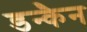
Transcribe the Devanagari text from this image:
डन्कैन